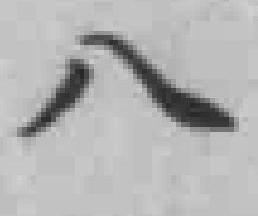
八